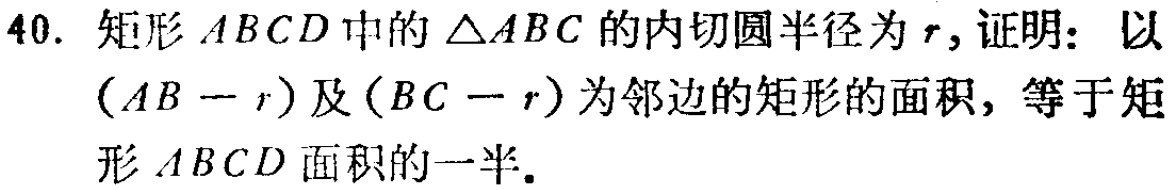
40. 矩形 \(ABCD\) 中的 \(\triangle ABC\) 的内切圆半径为 \(r\)，证明：以 \((AB - r)\) 及 \((BC - r)\) 为邻边的矩形的面积，等于矩形 \(ABCD\) 面积的一半。